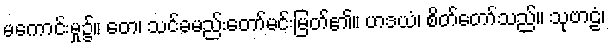
မကောင်းမှု၌။ တေ၊ သင်ခမည်းတော်မင်းမြတ်၏။ ဟဒယံ၊ စိတ်တော်သည်။ သုဗာဠံ၊